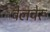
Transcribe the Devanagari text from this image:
वेलचेरू